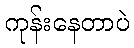
ကုန်းနေတာပဲ